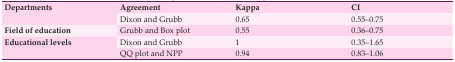
<table><thead><tr><td rowspan="2"><b> Departments </b></td><td><b>Agreement</b></td><td><b>Kappa</b></td><td><b>CI</b></td></tr><tr><td><b> Dixon and Grubb </b></td><td><b> 0.65 </b></td><td><b> 0.55 – 0.75 </b></td></tr></thead><tbody><tr><td> Field of education </td><td> Grubb and Box plot </td><td> 0.55 </td><td> 0.36 – 0.75 </td></tr><tr><td rowspan="2"> Educational levels </td><td> Dixon and Grubb </td><td> 1 </td><td> 0.35 – 1.65 </td></tr><tr><td> QQ plot and NPP </td><td> 0.94 </td><td> 0.83 – 1.06 </td></tr></tbody></table>